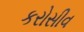
કરોસીવ